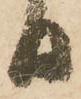
日